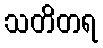
သတိတရ